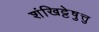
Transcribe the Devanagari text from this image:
शंखिट्टेषु़त्तु